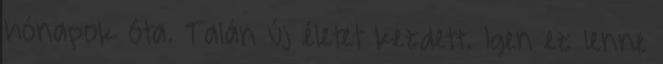
hónapok óta. Talán új életet kezdett. Igen ez lenne